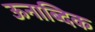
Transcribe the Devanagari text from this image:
ऊनाब्दिक